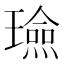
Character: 𭺈